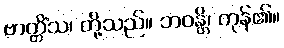
ဗာတ္တိံသ၊ တို့သည်။ ဘဝန္တိ၊ ကုန်၏။